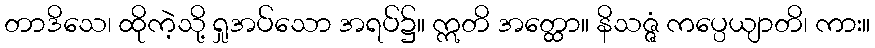
တာဒိသေ၊ ထိုကဲ့သို့ ရှုအပ်သော အရပ်၌။ ဣတိ အတ္ထော။ နိသဇ္ဇံ ကပ္ပေယျာတိ၊ ကား။